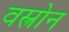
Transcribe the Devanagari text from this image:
वस्त्रोन